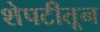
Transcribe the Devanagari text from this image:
शेपटीतून